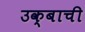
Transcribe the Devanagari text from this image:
उक्बाची